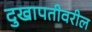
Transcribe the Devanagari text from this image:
दुखापतीवरील